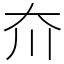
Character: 夼